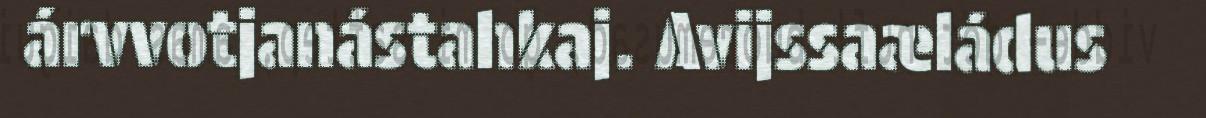
árvvotjanástahkaj. Avijssaæládus